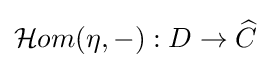
{\mathcal {H}}om(\eta ,-):D\to {\widehat {C}}